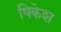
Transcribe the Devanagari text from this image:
षिकेश